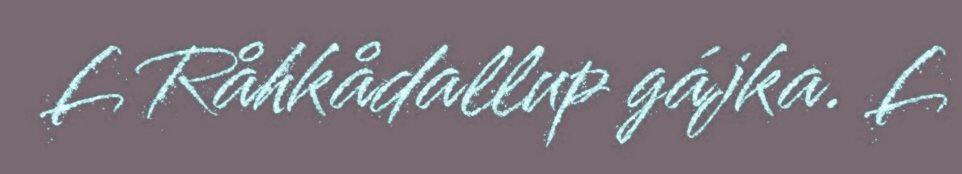
L Råhkådallup gájka. L